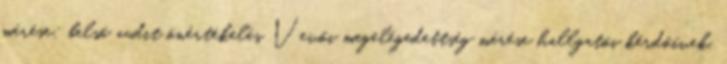
mérése: belső audit önértékelés Vevői megelégedettség mérése hallgatói kérdőívek,